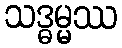
သဒ္ဓမ္မဿ